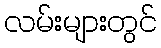
လမ်းများတွင်